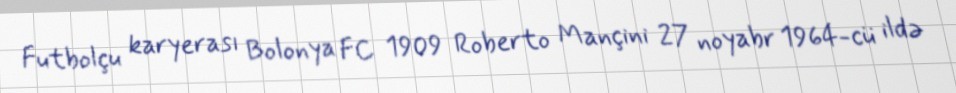
Futbolçu karyerası Bolonya FC 1909 Roberto Mançini 27 noyabr 1964-cü ildə